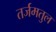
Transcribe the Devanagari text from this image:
तर्जमतुल